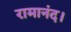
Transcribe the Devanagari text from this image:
रामानंद।